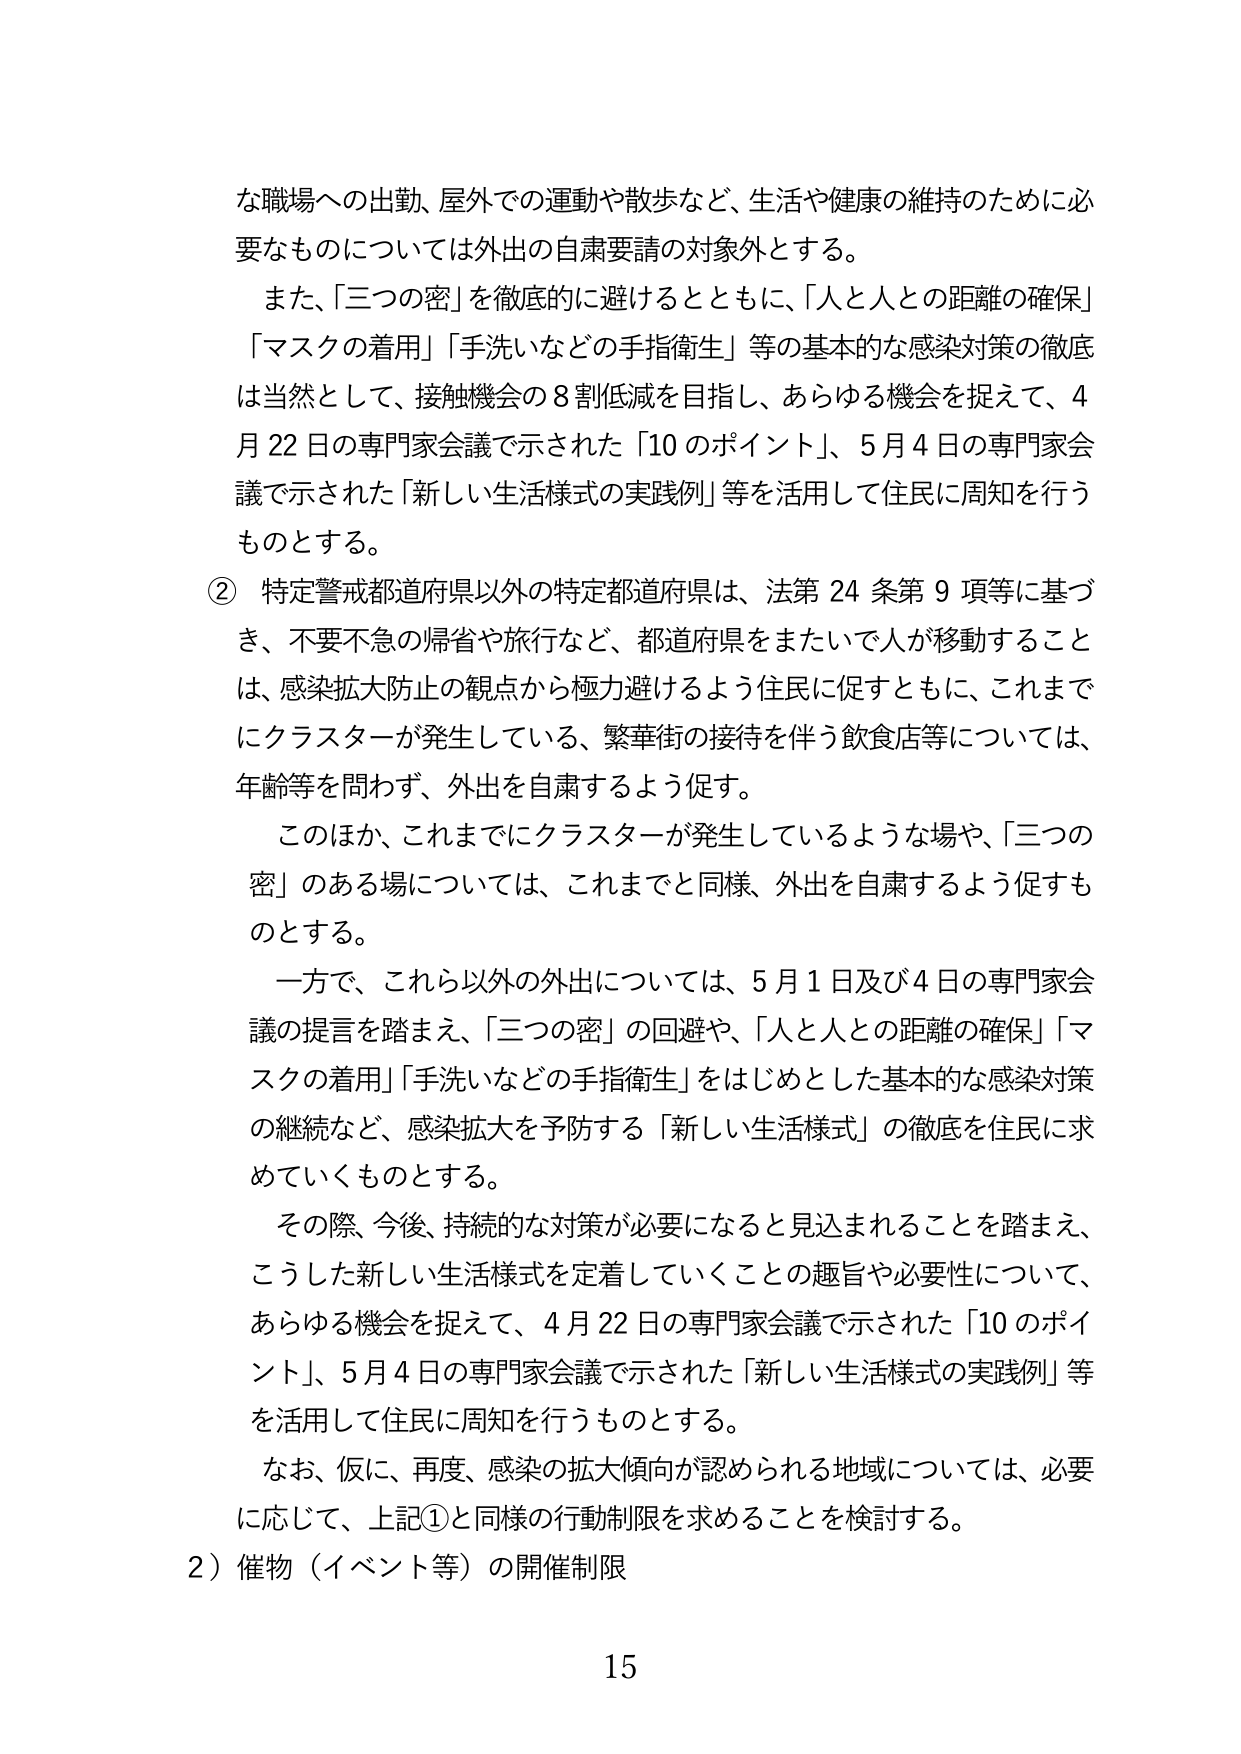
な職場への出勤、屋外での運動や散歩など、生活や健康の維持のために必要なものについては外出の自粛要請の対象外とする。

また、「三つの密」を徹底的に避けるとともに、「人と人との距離の確保」「マスクの着用」「手洗いなどの手指衛生」等の基本的な感染対策の徹底は当然として、接触機会の8割低減を目指し、あらゆる機会を捉えて、4月22日の専門家会議で示された「10のポイント」、5月4日の専門家会議で示された「新しい生活様式の実践例」等を活用して住民に周知を行うものとする。

② 特定警戒都道府県以外の特定都道府県は、法第24条第9項等に基づき、不要不急の帰省や旅行など、都道府県をまたいで人が移動することは、感染拡大防止の観点から極力避けるよう住民に促すとともに、これまでにクラスターが発生している、繁華街の接待を伴う飲食店等については、年齢等を問わず、外出を自粛するよう促す。

このほか、これまでにクラスターが発生しているような場や、「三つの密」のある場については、これまでと同様、外出を自粛するよう促すものとする。

一方で、これら以外の外出については、5月1日及び4日の専門家会議の提言を踏まえ、「三つの密」の回避や、「人と人との距離の確保」「マスクの着用」「手洗いなどの手指衛生」をはじめとした基本的な感染対策の継続など、感染拡大を予防する「新しい生活様式」の徹底を住民に求めていくものとする。

その際、今後、持続的な対策が必要になると見込まれることを踏まえ、こうした新しい生活様式を定着していくことの趣旨や必要性について、あらゆる機会を捉えて、4月22日の専門家会議で示された「10のポイント」、5月4日の専門家会議で示された「新しい生活様式の実践例」等を活用して住民に周知を行うものとする。

なお、仮に、再度、感染の拡大傾向が認められる地域については、必要に応じて、上記①と同様の行動制限を求めることを検討する。

2）催物（イベント等）の開催制限

15